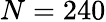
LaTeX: N=240